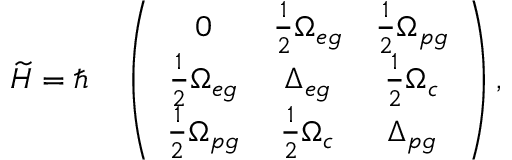
\widetilde { H } = \hbar \quad \left( \begin{array} { c c c } { 0 } & { \frac { 1 } { 2 } \Omega _ { e g } } & { \frac { 1 } { 2 } \Omega _ { p g } } \\ { \frac { 1 } { 2 } \Omega _ { e g } } & { \Delta _ { e g } } & { \frac { 1 } { 2 } \Omega _ { c } } \\ { \frac { 1 } { 2 } \Omega _ { p g } } & { \frac { 1 } { 2 } \Omega _ { c } } & { \Delta _ { p g } } \end{array} \right) ,